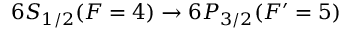
6 S _ { 1 / 2 } ( F = 4 ) \rightarrow 6 P _ { 3 / 2 } ( F ^ { \prime } = 5 )